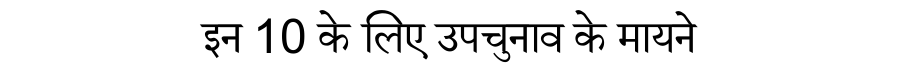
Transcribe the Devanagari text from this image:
इन 10 के लिए उपचुनाव के मायने